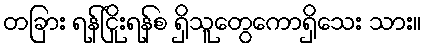
တခြား ရန်ငြိုးရန်စ ရှိသူတွေကောရှိသေး သား။